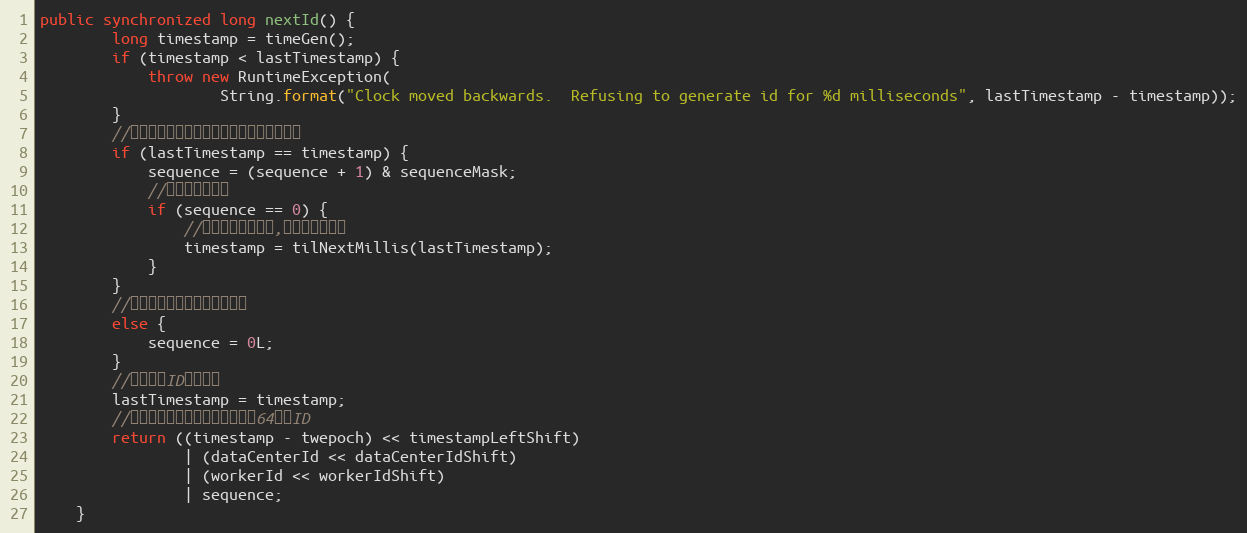
Language: Java
public synchronized long nextId() {
        long timestamp = timeGen();
        if (timestamp < lastTimestamp) {
            throw new RuntimeException(
                    String.format("Clock moved backwards.  Refusing to generate id for %d milliseconds", lastTimestamp - timestamp));
        }
        //如果是同一时间生成的，则进行毫秒内序列
        if (lastTimestamp == timestamp) {
            sequence = (sequence + 1) & sequenceMask;
            //毫秒内序列溢出
            if (sequence == 0) {
                //阻塞到下一个毫秒,获得新的时间戳
                timestamp = tilNextMillis(lastTimestamp);
            }
        }
        //时间戳改变，毫秒内序列重置
        else {
            sequence = 0L;
        }
        //上次生成ID的时间截
        lastTimestamp = timestamp;
        //移位并通过或运算拼到一起组成64位的ID
        return ((timestamp - twepoch) << timestampLeftShift)
                | (dataCenterId << dataCenterIdShift)
                | (workerId << workerIdShift)
                | sequence;
    }